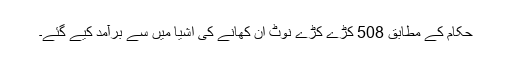
حکام کے مطابق 508 کڑے کڑے نوٹ ان کھانے کی اشیا میں سے برآمد کیے گئے۔